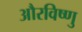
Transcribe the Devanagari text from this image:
औरविष्णु